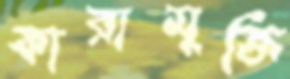
কারামুক্তি